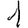
Digit: 1